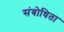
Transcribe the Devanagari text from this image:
संबोधिता